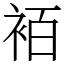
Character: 袹